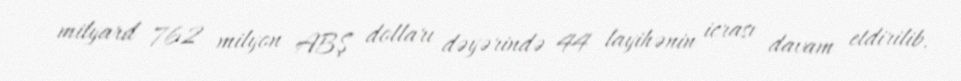
milyard 762 milyon ABŞ dolları dəyərində 44 layihənin icrası davam etdirilib.